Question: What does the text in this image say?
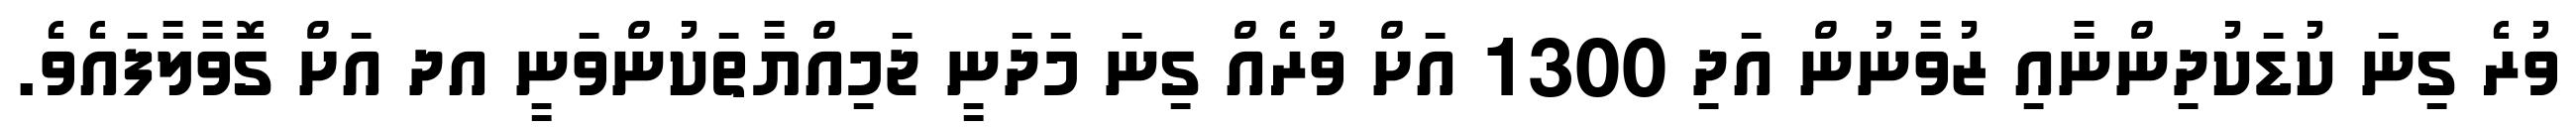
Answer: ވުރެ ގިނަ ކުޑަކުދިންނާއި ޒުވާނުން އަދި 1300 އަށް ވުރެއް ގިނަ މަދަނީ ޖަމިއްޔާތަކުންވަނީ އދ އަށް ގޮވާލާފައެވެ.